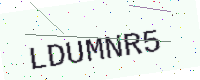
Text: LDUMNR5